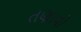
તણાવો